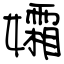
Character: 孀